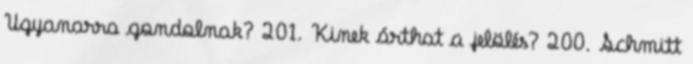
Ugyanarra gondolnak? 201. Kinek árthat a jelölés? 200. Schmitt